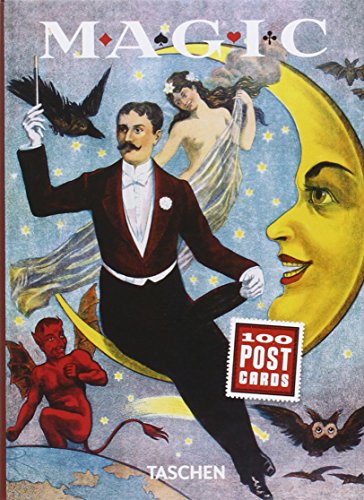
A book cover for Magic Postcard Set; TASCHEN; Crafts, Hobbies & Home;